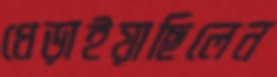
ধেড়াইয়াছিলেন